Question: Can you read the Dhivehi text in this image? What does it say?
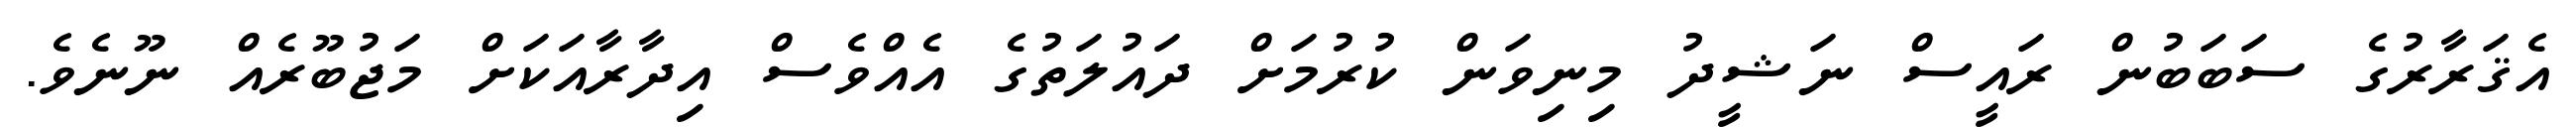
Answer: އެޤަރާރުގެ ސަބަބުން ރައީސް ނަޝީދު މިނިވަން ކުރުމަށް ދައުލަތުގެ އެއްވެސް އިދާރާއަކަށް މަޖުބޫރެއް ނޫނެވެ.